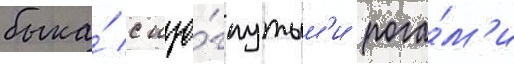
быка́ с изо́гнутым'и рога́м'и